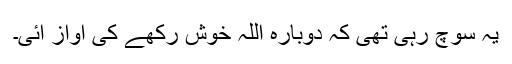
یہ سوچ رہی تھی کہ دوبارہ اللہ خوش رکھے کی آواز آئی۔